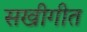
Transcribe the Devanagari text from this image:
सखीगीत